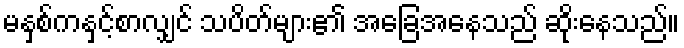
မနှစ်ကနှင့်စာလျှင် သပိတ်များ၏ အခြေအနေသည် ဆိုးနေသည်။